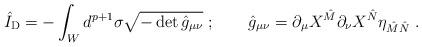
LaTeX: \begin{align*}\hat I_{\rm D} = -\int_W d^{p+1} \sigma \sqrt{- \det { \hat g }_{\mu\nu}}\ ;\qquad \hat g_{\mu\nu} = \partial_\mu X^{\hat M} \partial_\nu X^{\hat N}\eta _{\hat M \hat N}\ . \end{align*}